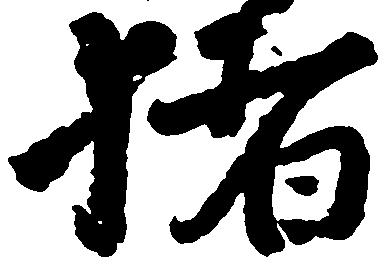
猪